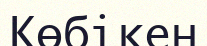
Көбікен